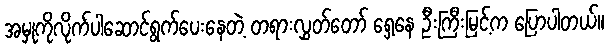
အမှုကိုလိုက်ပါဆောင်ရွက်ပေးနေတဲ့ တရားလွှတ်တော် ရှေ့နေ ဦးကြီးမြင့်က ပြောပါတယ်။